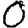
Digit: 0